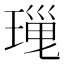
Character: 𤧜